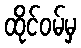
ထိုင်ဝမ်မှ